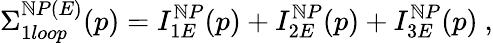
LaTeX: \Sigma_{1loop}^{\mathbb{N}P(E)}(p)=I_{1E}^{\mathbb{N}P}(p)+I_{2E}^{\mathbb{N}P}(p)+I_{3E}^{\mathbb{N}P}(p)~,